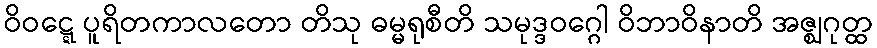
ဝိဝဋ္ဋေ ပူရိတကာလတော တိသု ဓမ္မရုစီတိ သမုဒ္ဒဝဂ္ဂေါ ဝိဘာဝိနာတိ အဇ္ဈဂုတ္ထ